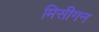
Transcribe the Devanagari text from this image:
मिसीगन